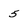
Character: 5